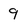
Character: 9